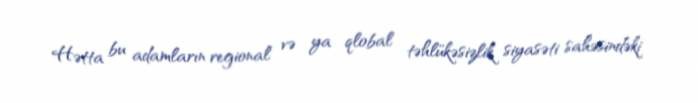
Hətta bu adamların regional və ya qlobal təhlükəsizlik siyasəti sahəsindəki